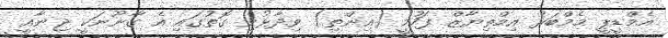
އެމްޑީޕީ މެމްބަރު އިމްތިޔާޒް ފަހުމީ (އިންތި) ވިދާޅުވި ގޮތުގައި އެ ގާނޫނަކީ ޖިނާއީ